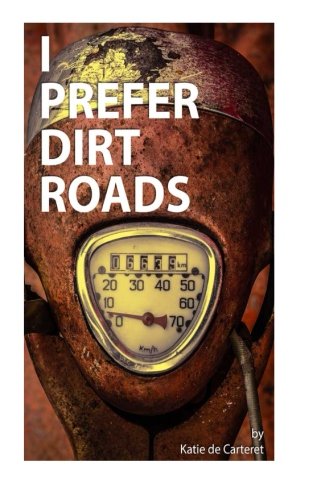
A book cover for I Prefer Dirt Roads; Katie de Carteret; Travel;